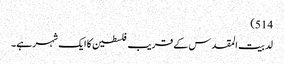
514)
لد بیت المقدس کے قریب فلسطین کا ایک شہر ہے۔